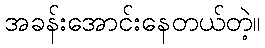
အခန်းအောင်းနေတယ်တဲ့။